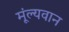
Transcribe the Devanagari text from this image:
मूंल्‍यवान